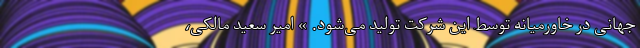
جهانی در خاورمیانه توسط این شرکت تولید می‌شود. » امیر سعید مالکی،